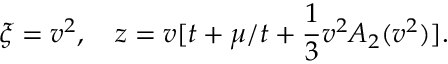
\xi = v ^ { 2 } , \quad z = v [ t + \mu / t + \frac { 1 } { 3 } v ^ { 2 } A _ { 2 } ( v ^ { 2 } ) ] .